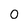
Character: 0